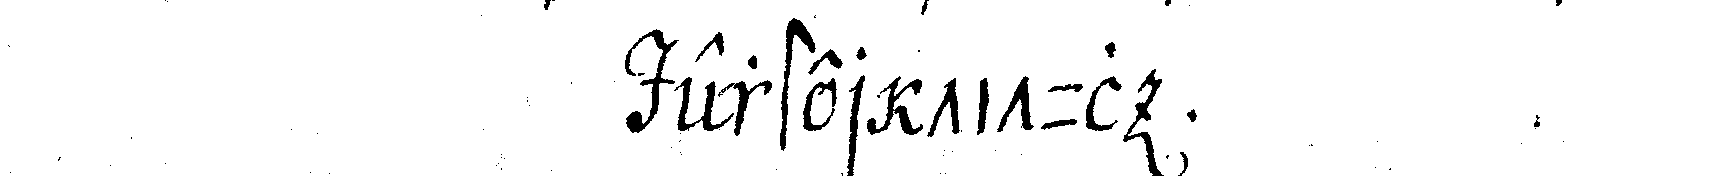
erster titul .